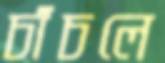
চাঁচলে